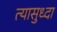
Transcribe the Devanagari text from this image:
त्यासुध्दा